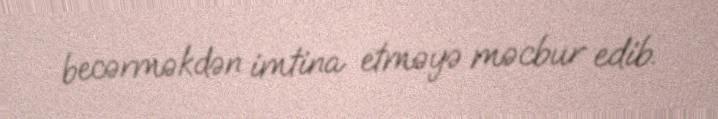
becərməkdən imtina etməyə məcbur edib.